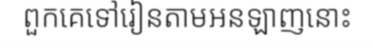
ពួកគេទៅរៀនតាមអនឡាញនោះ